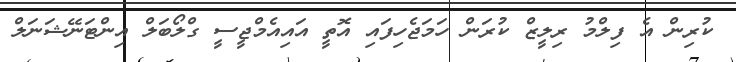
ކުރިން އެ ފިލްމު ރިލީޒް ކުރަން ހަމަޖެހިފައި އޮތީ އައިއެމްޖީސީ ގްލޯބަލް އިންޓަނޭޝަނަލް